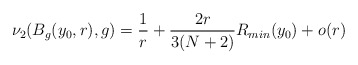
\begin{align*} \nu_2(B_g(y_0,r),g) =\frac{1}{r}+\frac{2r}{3(N+2)}R_{min}(y_0)+o(r) \end{align*}